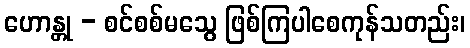
ဟောန္တု - စင်စစ်မသွေ ဖြစ်ကြပါစေကုန်သတည်း၊